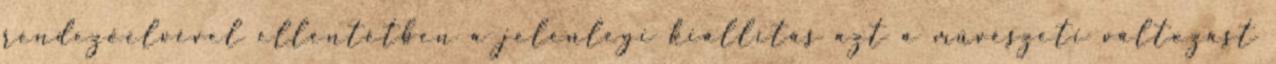
rendezőelvével ellentétben a jelenlegi kiállítás azt a művészeti változást